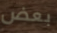
بعض